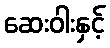
ဆေးဝါးနှင့်